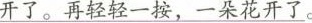
开了。再轻轻一按，一朵花开了。